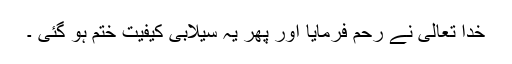
خدا تعالیٰ نے رحم فرمایا اور پھر یہ سیلابی کیفیت ختم ہو گئی ۔